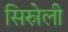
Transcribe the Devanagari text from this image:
सिस्रेली